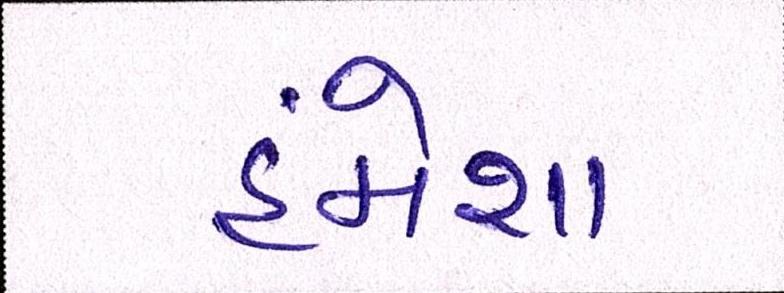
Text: હંમેશા